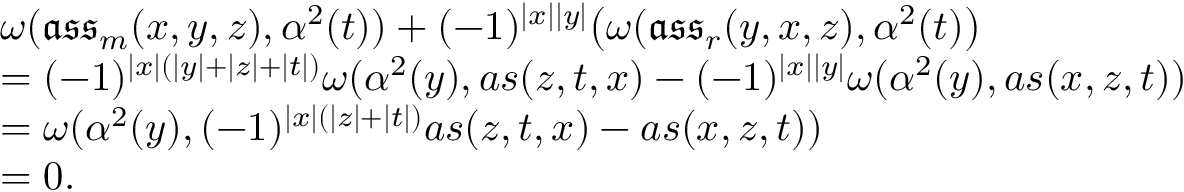
\begin{array} { r l } & { \omega ( \mathfrak { a s s } _ { m } ( x , y , z ) , \alpha ^ { 2 } ( t ) ) + ( - 1 ) ^ { | x | | y | } \big ( \omega ( \mathfrak { a s s } _ { r } ( y , x , z ) , \alpha ^ { 2 } ( t ) \big ) } \\ & { = ( - 1 ) ^ { | x | ( | y | + | z | + | t | ) } \omega ( \alpha ^ { 2 } ( y ) , a s ( z , t , x ) - ( - 1 ) ^ { | x | | y | } \omega ( \alpha ^ { 2 } ( y ) , a s ( x , z , t ) ) } \\ & { = \omega ( \alpha ^ { 2 } ( y ) , ( - 1 ) ^ { | x | ( | z | + | t | ) } a s ( z , t , x ) - a s ( x , z , t ) ) } \\ & { = 0 . } \end{array}